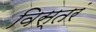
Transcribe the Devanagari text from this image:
विस्तरं